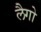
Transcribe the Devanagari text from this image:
लैगो